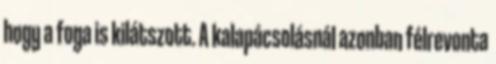
hogy a foga is kilátszott. A kalapácsolásnál azonban félrevonta